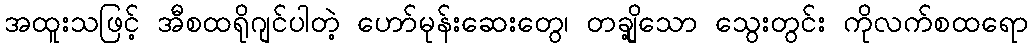
အထူးသဖြင့် အီစထရိုဂျင်ပါတဲ့ ဟော်မုန်းဆေးတွေ၊ တချို့သော သွေးတွင်း ကိုလက်စထရော